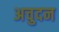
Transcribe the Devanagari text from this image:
अचुदन